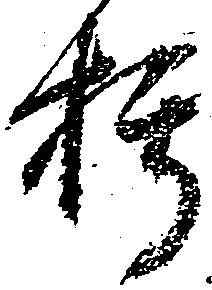
朽